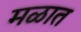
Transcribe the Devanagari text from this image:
मळात